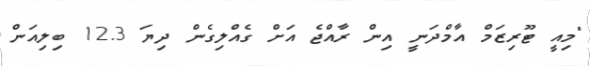
"މިއީ ޓޫރިޒަމް އާމްދަނީ އިން ރާއްޖެ އަށް ގެއްލިގެން ދިޔަ 12.3 ބިލިއަން